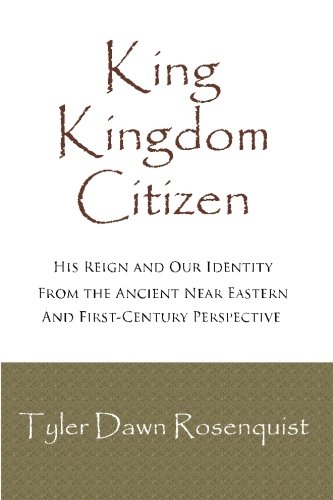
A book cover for King, Kingdom, Citizen: His Reign and Our Identity (Covenant Life) (Volume 2); Tyler Dawn Rosenquist; Christian Books & Bibles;